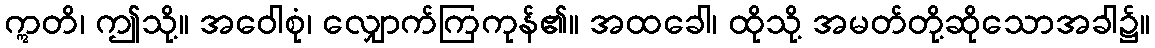
ဣတိ၊ ဤသို့။ အဝေါစုံ၊ လျှောက်ကြကုန်၏။ အထခေါ၊ ထိုသို့ အမတ်တို့ဆိုသောအခါ၌။